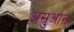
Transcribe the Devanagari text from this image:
असुआन